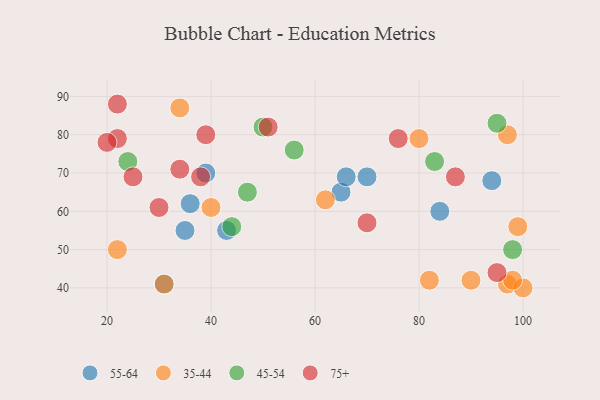
{"axis": {"x": "GDP", "y": "Life Expectancy"}, "legend": ["35-44", "45-54", "55-64", "75+"], "data": [{"x": "39", "y": 70, "type": "55-64"}, {"x": "84", "y": 60, "type": "55-64"}, {"x": "70", "y": 69, "type": "55-64"}, {"x": "35", "y": 55, "type": "55-64"}, {"x": "31", "y": 41, "type": "55-64"}, {"x": "65", "y": 65, "type": "55-64"}, {"x": "94", "y": 68, "type": "55-64"}, {"x": "36", "y": 62, "type": "55-64"}, {"x": "66", "y": 69, "type": "55-64"}, {"x": "43", "y": 55, "type": "55-64"}, {"x": "22", "y": 50, "type": "35-44"}, {"x": "82", "y": 42, "type": "35-44"}, {"x": "90", "y": 42, "type": "35-44"}, {"x": "62", "y": 63, "type": "35-44"}, {"x": "31", "y": 41, "type": "35-44"}, {"x": "34", "y": 87, "type": "35-44"}, {"x": "97", "y": 80, "type": "35-44"}, {"x": "97", "y": 41, "type": "35-44"}, {"x": "99", "y": 56, "type": "35-44"}, {"x": "80", "y": 79, "type": "35-44"}, {"x": "100", "y": 40, "type": "35-44"}, {"x": "98", "y": 42, "type": "35-44"}, {"x": "40", "y": 61, "type": "35-44"}, {"x": "44", "y": 56, "type": "45-54"}, {"x": "83", "y": 73, "type": "45-54"}, {"x": "47", "y": 65, "type": "45-54"}, {"x": "56", "y": 76, "type": "45-54"}, {"x": "50", "y": 82, "type": "45-54"}, {"x": "95", "y": 83, "type": "45-54"}, {"x": "98", "y": 50, "type": "45-54"}, {"x": "24", "y": 73, "type": "45-54"}, {"x": "95", "y": 44, "type": "75+"}, {"x": "22", "y": 79, "type": "75+"}, {"x": "87", "y": 69, "type": "75+"}, {"x": "30", "y": 61, "type": "75+"}, {"x": "76", "y": 79, "type": "75+"}, {"x": "20", "y": 78, "type": "75+"}, {"x": "22", "y": 88, "type": "75+"}, {"x": "25", "y": 69, "type": "75+"}, {"x": "34", "y": 71, "type": "75+"}, {"x": "51", "y": 82, "type": "75+"}, {"x": "70", "y": 57, "type": "75+"}, {"x": "39", "y": 80, "type": "75+"}, {"x": "38", "y": 69, "type": "75+"}]}